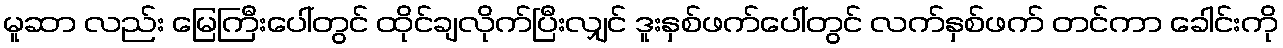
မူဆာ လည်း မြေကြီးပေါ်တွင် ထိုင်ချလိုက်ပြီးလျှင် ဒူးနှစ်ဖက်ပေါ်တွင် လက်နှစ်ဖက် တင်ကာ ခေါင်းကို